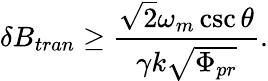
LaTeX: \delta B_{tran}\geq\frac{\sqrt{2}\omega_{m}\csc\theta}{\gamma k\sqrt{\Phi_{pr}}}.